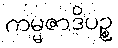
ကမ္မဇာဒိပဉ္စ